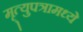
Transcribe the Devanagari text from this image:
मृ्त्युपत्रामध्ये